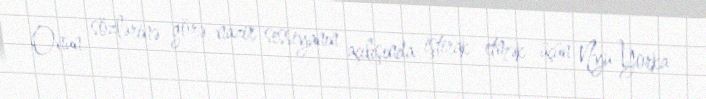
Onun sözlərinə görə, nazir sessiyanın açılışında iştirak etmək üçün Nyu-Yorka